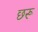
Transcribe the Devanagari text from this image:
छरू